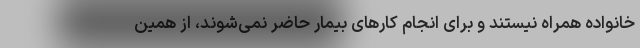
خانواده همراه نیستند و برای انجام کارهای بیمار حاضر نمی‌شوند، از همین